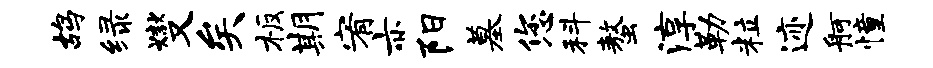
鸪绿燮矣板期宥亦阳墓您科螯淳勒粒迹舸憧